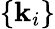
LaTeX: \{ \textbf{k}_{i}\}